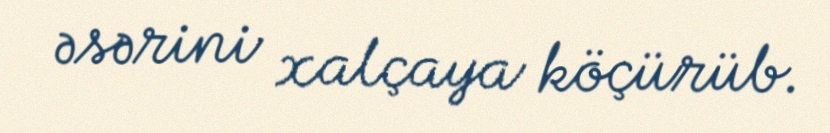
əsərini xalçaya köçürüb.